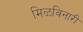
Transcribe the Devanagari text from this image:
मिळविनारी